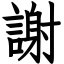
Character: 謝